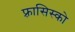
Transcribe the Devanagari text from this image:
फ़्रासिस्को